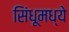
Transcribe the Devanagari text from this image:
सिंधूमध्ये